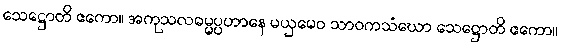
သေဋ္ဌောတိ ဧကော။ အကုသလဓမ္မပ္ပဟာနေ မယှမေဝ သာဝကသံဃော သေဋ္ဌောတိ ဧကော။